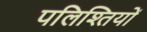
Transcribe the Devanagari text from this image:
पलिश्तियों